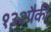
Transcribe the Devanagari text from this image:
१३२पैकी